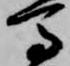
馬